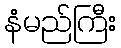
နံမည်ကြီး